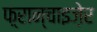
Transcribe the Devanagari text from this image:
फ़्रान्चाइज़ेर